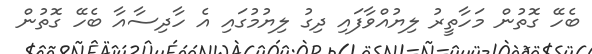
ބެހޭ ގޮތުން މަހާތީރު ލިޔުއްވާފައި ދިގު ލިޔުމުގައި އެ ހާދިސާއާ ބެހޭ ގޮތުން